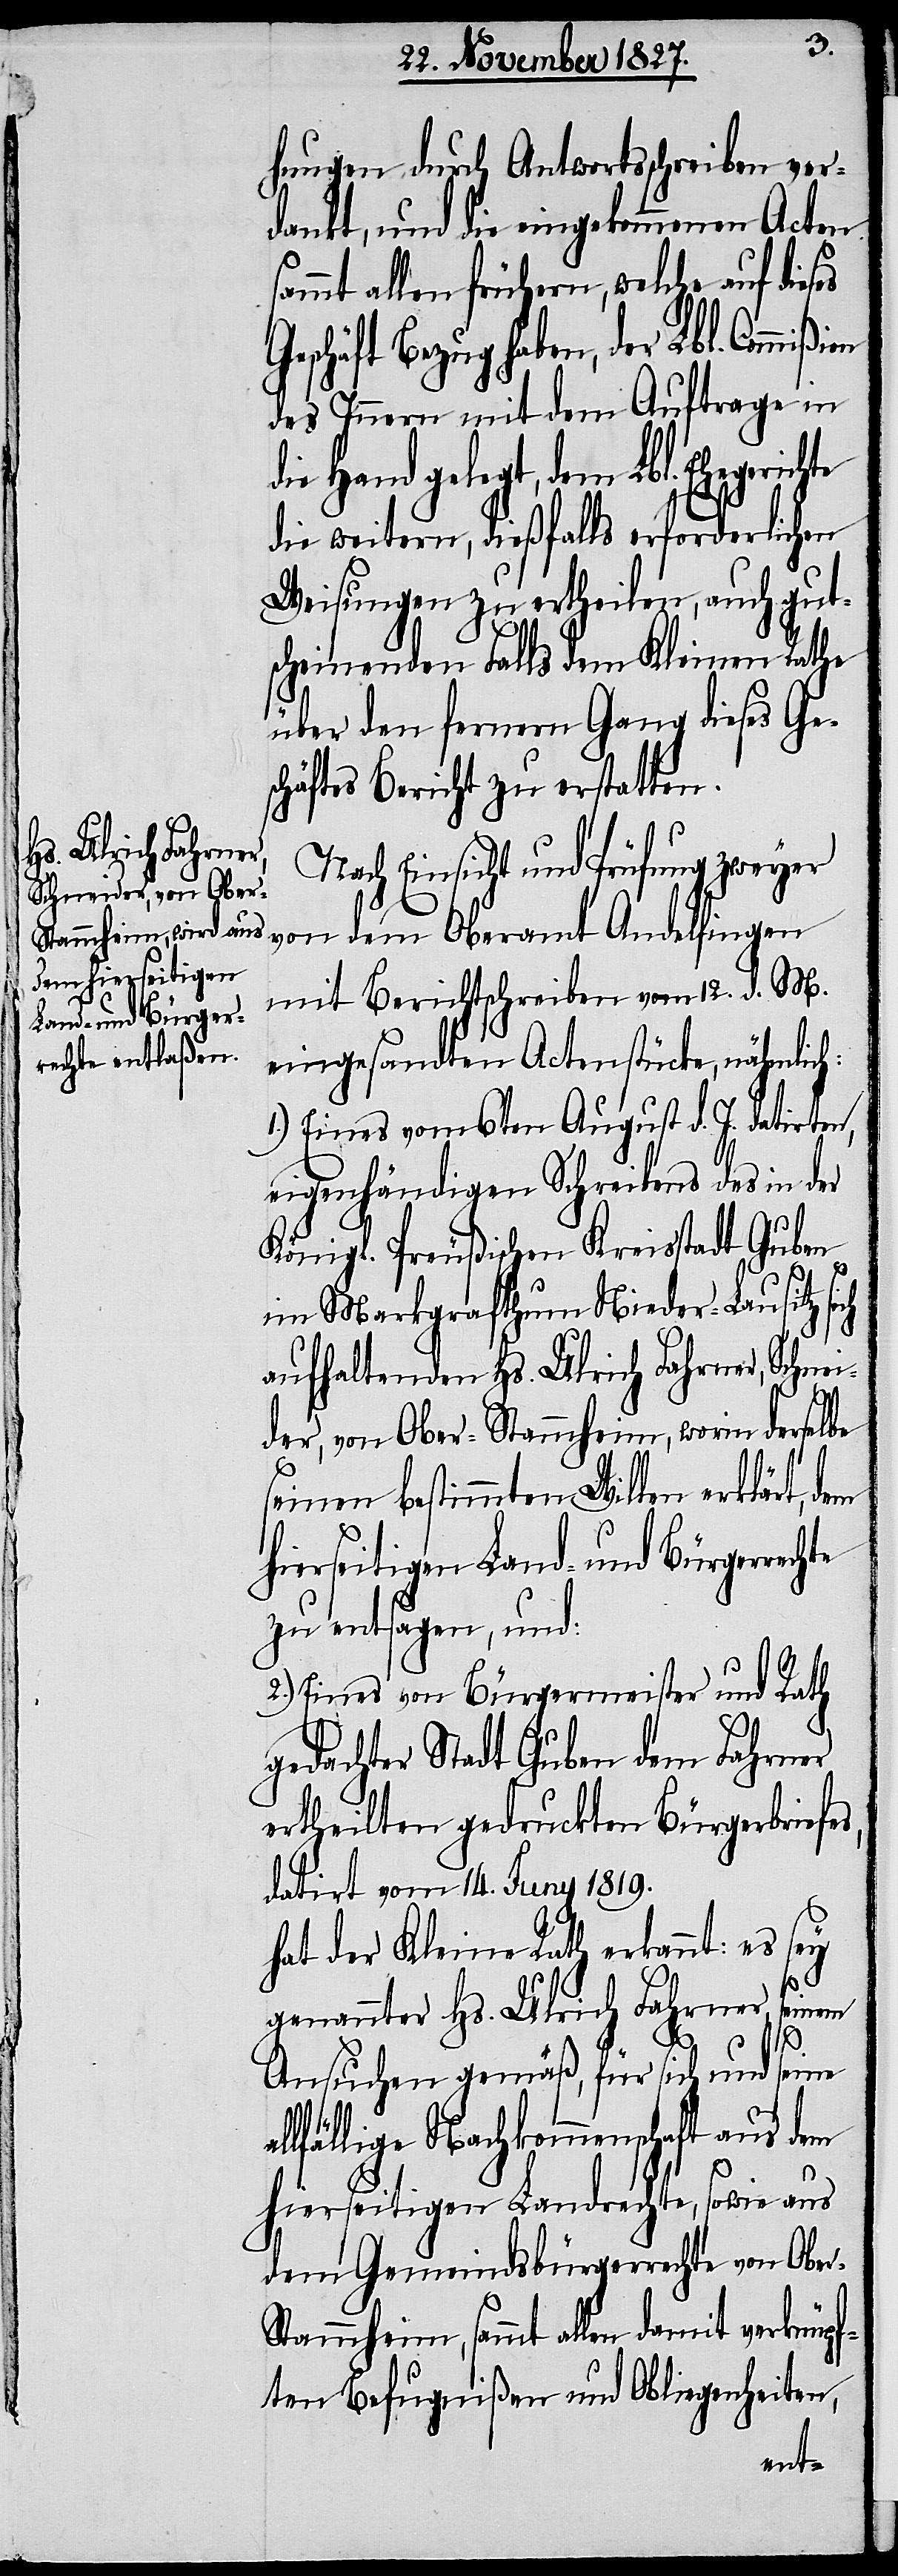
dem hierseitigen
Land- und Bürger¬

hungen durch Antwortschreiben ver¬
dankt, und die eingekommenen Acten
sammt allen frühern, welche auf dies¬
chäft Bezug haben, der Lbl. Commi¬
des Innern mit dem Auftrage in
die Hand gelegt, dem Lbl. Ehegerich¬
die weitern, dießfalls erforderlichen
Weisungen zu ertheilen, auch gut¬
scheinenden Falls dem Kleinen Rathe
über den fernern Gang dieses Ge¬
schäftes Bericht zu erstatten.
Nach Einsicht und Prüfung zweyer
von dem Oberamt Andelfingen
mit Berichtschreiben vom 12. d. M.
eingesandten Actenstücke, nähmlich:
1.) Eines vom 6ten August d. J. datirten,
eigenhändigen Schreibens des in der
Königl. Preußischen Kreisstadt Guben
im Markgrafthum Nieder-Lausitz si¬
aufhaltenden Hs. Ulrich Fahrner, Schnei¬
der, von Ober-Stammheim, worin derselbe
seinen bestimmten Willen erklärt,
zu entsagen, und:
2.) Eines von Bürgermeister und Rath
gedachter Stadt Guben dem Fahrner
ertheilten gedruckten Bürgerbriefe¬
datirt vom 14. Juny 1819.
hat der Kleine Rath erkannt: es sey
genannter Hs. Ulrich Fahrner, sein¬
r-S¬
Ansuchen gemäß, für sich und seine
lfällige Nachkommenschaft aus dem
hierseitigen Landrechte, sowie aus
dem Gemeindsbürgerrechte von Obe¬
tammheim, sammt allen damit verknüpf¬
ten Befugnißen und Obliegenheiten,
rechte